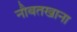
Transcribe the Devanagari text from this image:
नौबतखाना